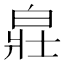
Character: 𤽸